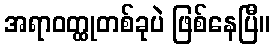
အရာဝတ္ထုတစ်ခုပဲ ဖြစ်နေပြီ။